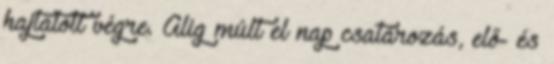
hajtatott végre. Alig múlt el nap csatározás, elő- és